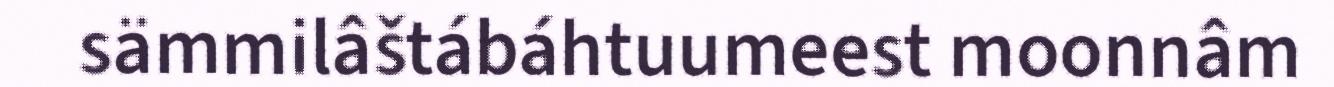
sämmilâštábáhtuumeest moonnâm